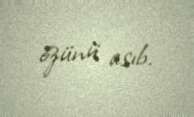
özünü asıb.